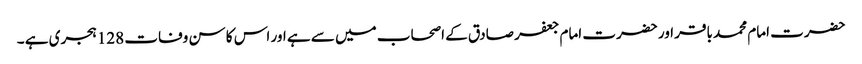
حضرت امام محمد باقر اور حضرت امام جعفر صادق کے اصحاب میں سے ہے اور اس کا سن وفات 128 ہجری ہے ۔